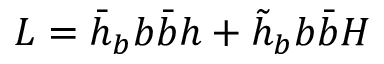
{ \cal L } = \bar { h } _ { b } b \bar { b } h + \tilde { h } _ { b } b \bar { b } H